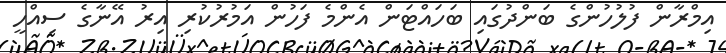
އިމްރާން ފުލުހުންގެ ބަންދުގައި ބަހައްޓަން އެންމެ ފަހުން އަމުރުކުރި އިރު އޭނާގެ ސިއްހީ